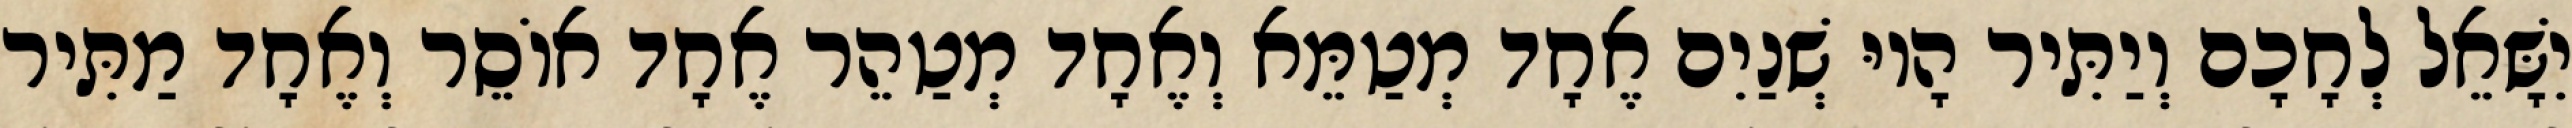
יִשָּׁאֵל לְחָכָם וְיַתִּיר הָיוּ שְׁנַיִם אֶחָד מְטַמֵּא וְאֶחָד מְטַהֵר אֶחָד אוֹסֵר וְאֶחָד מַתִּיר